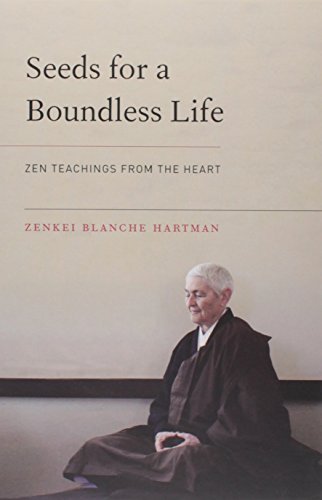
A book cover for Seeds for a Boundless Life: Zen Teachings from the Heart; Zenkei Blanche Hartman; Religion & Spirituality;